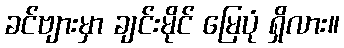
ခင်ဗျားမှာ ချင်းမိုင် မြေပုံ ရှိလား။